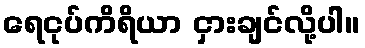
ရေငုပ်ကိရိယာ ငှားချင်လို့ပါ။